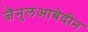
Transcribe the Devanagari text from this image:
जै़नुलआबेदीन